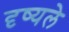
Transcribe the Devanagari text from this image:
दृष्यले